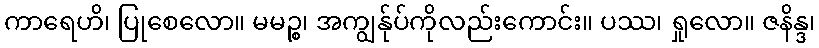
ကာရေဟိ၊ ပြုစေလော။ မမဉ္စ၊ အကျွန်ုပ်ကိုလည်းကောင်း။ ပဿ၊ ရှုလော။ ဇနိန္ဒ၊